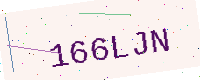
Text: 166LJN